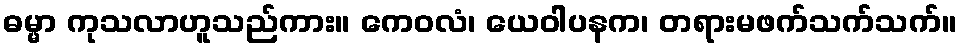
ဓမ္မာ ကုသလာဟူသည်ကား။ ကေဝလံ၊ ယေဝါပနက၊ တရားမဖက်သက်သက်။